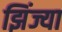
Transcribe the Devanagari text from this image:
झिंज्या